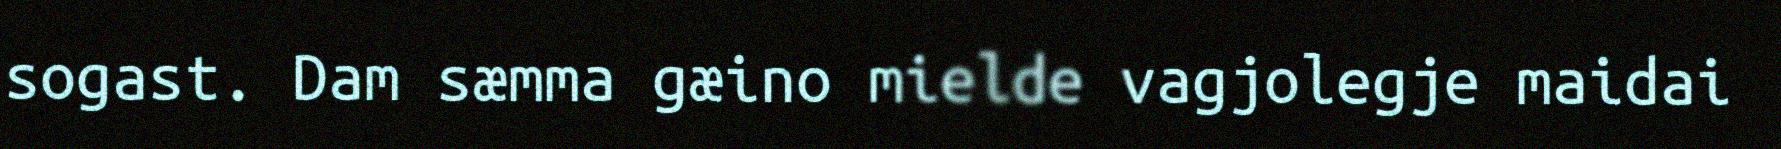
sogast. Dam sæmma gæino mielde vagjolegje maidai